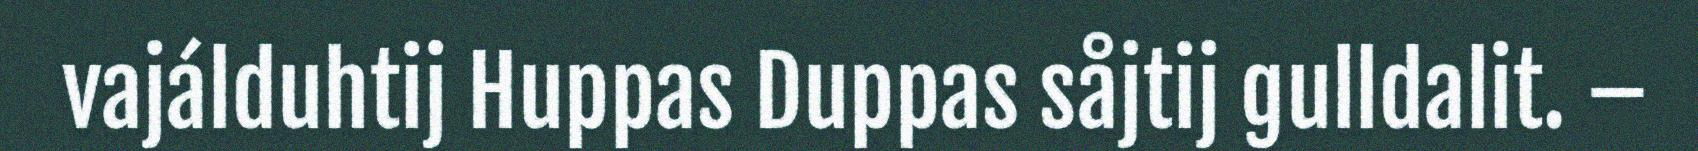
vajálduhtij Huppas Duppas såjtij gulldalit. –